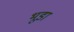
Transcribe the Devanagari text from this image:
भूडा